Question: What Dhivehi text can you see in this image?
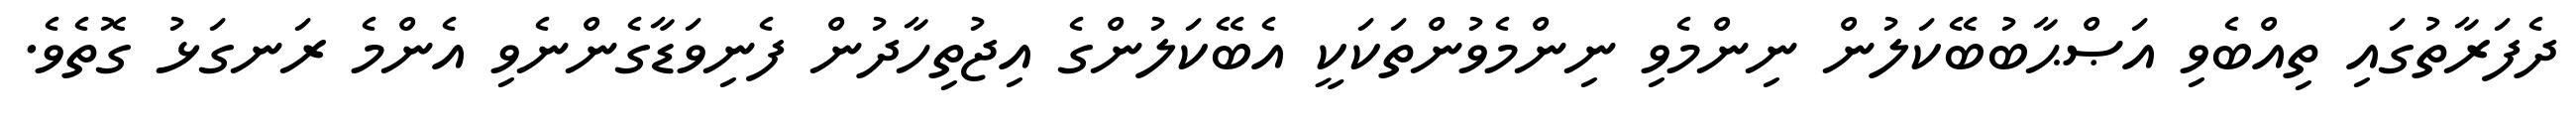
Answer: ދެފަރާތުގައި ތިއްބެވި އަޞްޙާބުބޭކަލުން ނިންމެވި ނިންމެވުންތަކަކީ އެބޭކަލުންގެ އިޖުތިހާދުން ފެނިވަޑާގެންނެވި އެންމެ ރަނގަޅު ގޮތެވެ.